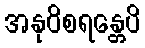
အနုဝိစရန္တေပိ